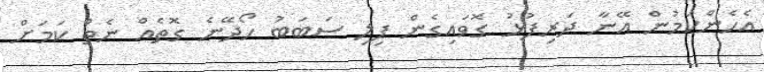
އެހެންކަމުން އޭނާ ދަރިފުޅު ގޮވައިގެން ފިލި ސަބަބު ހޯދޭނެ ގޮތެއް ނެތް ކަމަށް